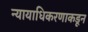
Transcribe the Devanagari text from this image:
न्यायाधिकरणाकडून